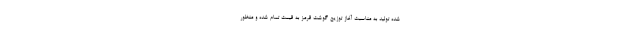
شده تولید به مناسبت آغاز توزیع گوشت قرمز به قیمت تمام شده و منظور